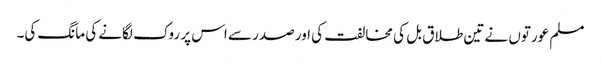
مسلم عورتوں نے تین طلاق بل کی مخالفت کی اور صدر سے اس پر روک لگانے کی مانگ کی۔